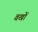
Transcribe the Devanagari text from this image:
वखों